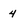
Character: 4